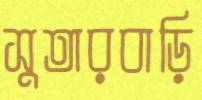
সুতারবাড়ি